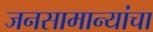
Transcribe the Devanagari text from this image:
जनसामान्यांचा